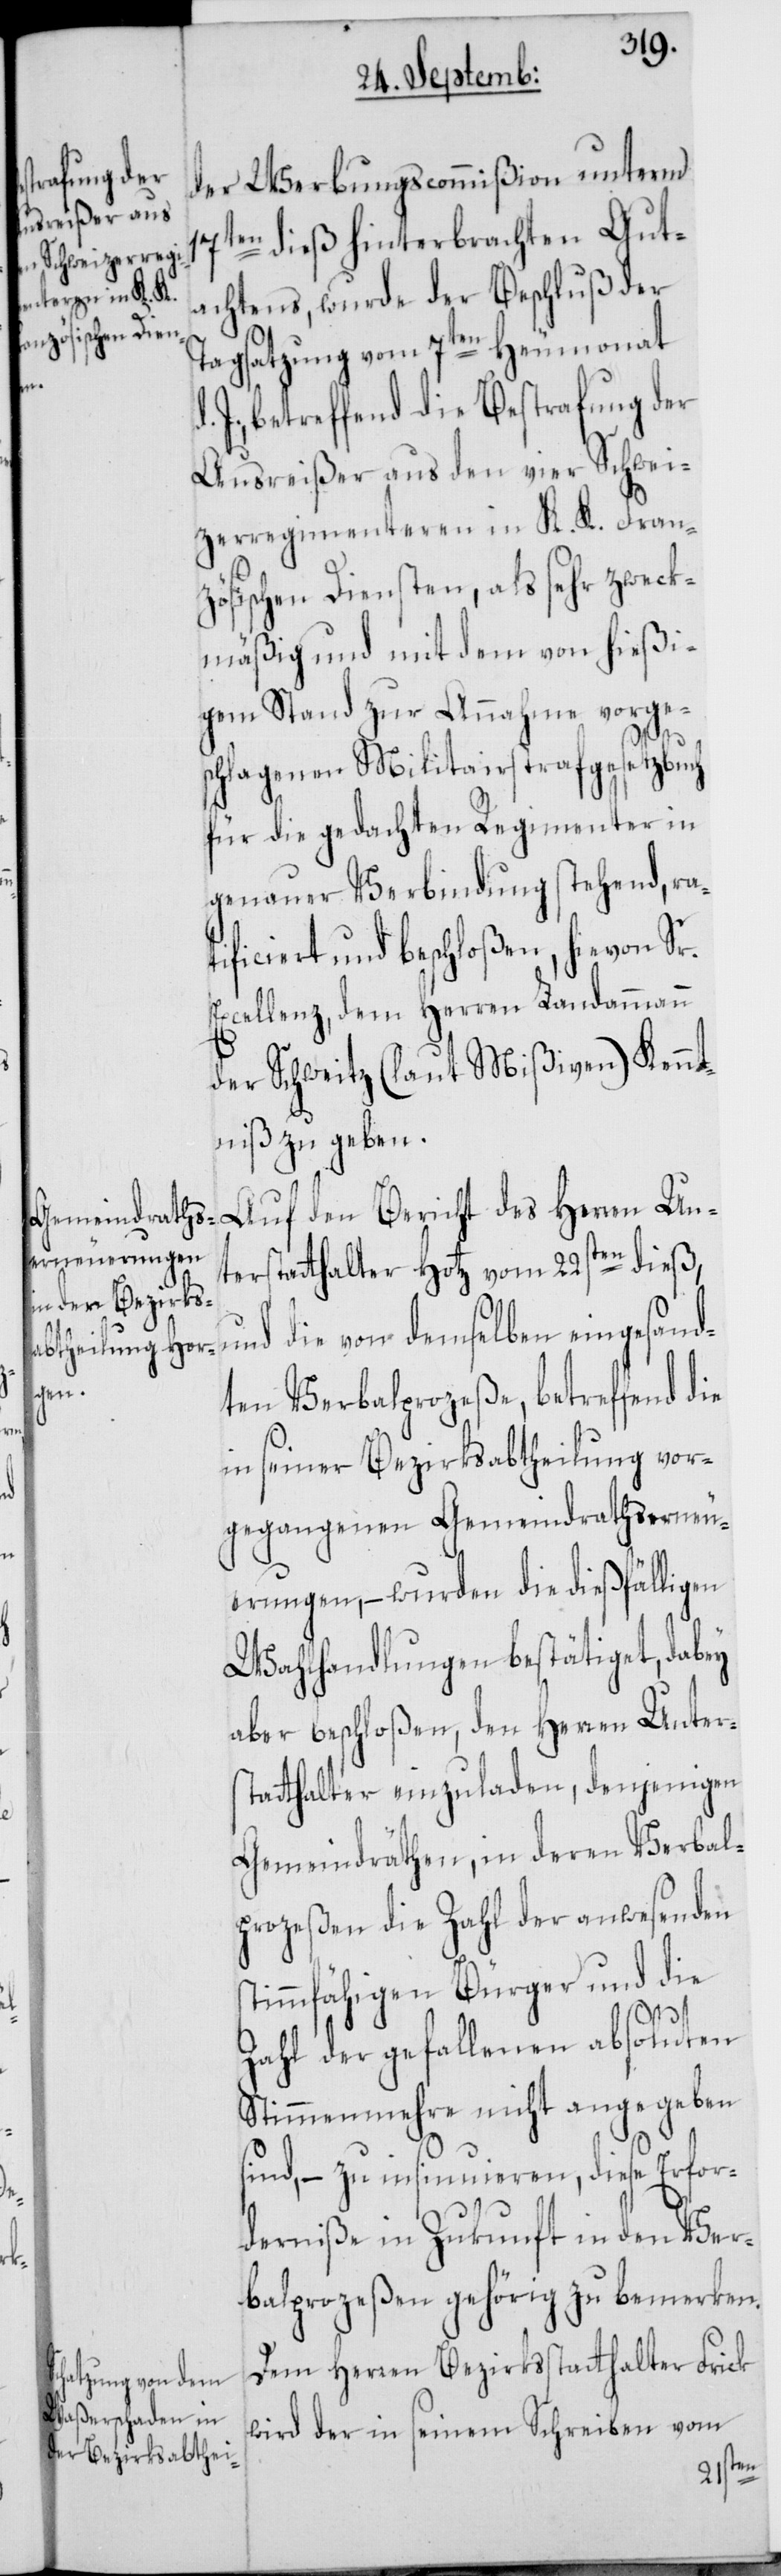
s¬

der Werbungscommißion unterm
17ten dieß hinterbrachten Gut¬
achtens, wurde der Beschluß der
Tagsatzung vom 7ten Heumonat
J., betreffend die Bestrafung der
Ausreißer aus den vier Schwei¬
tzerregimenteren in K. K. Fran¬
zösischen Diensten, als sehr zweck¬
mäßig und mit dem von hießi¬
gem Stand zur Annahme vorge¬
schlagenen Militairstrafgesetzbuch
für die gedachten Regimenter in
genauer Verbindung stehend, ra¬
tificiert und beschloßen, hievon Sr.
Excellenz, dem Herren Landammann
der Schweitz (laut Mißiven) Kennt¬
niß zu geben.
Auf den Bericht des Herren Un¬
terstatthalter Hotz vom 22sten dieß,
und die von demselben eingesand¬
ten Verbalprozeße, betreffend die
in seiner Bezirksabtheilung vor¬
gegangenen Gemeindrathserneu¬
erungen, – wurden die dießfälligen
Wahlhandlungen bestätiget, dabey
aber beschloßen, den Herren Unters¬
tatthalter einzuladen, denjenigen
Gemeindräthen, in deren Verbal¬
prozeßen die Zahl der anwesenden
timmfähigen Bürger und die
Zahl der gefallenen absoluten
Stimmenmehre nicht angegeben
sind, – zu insinuieren, diese Erfor¬
derniße in Zukunft in den Ver¬
balprozeßen gehörig zu bemerken.
Dem Herren Bezirksstatthalter Frick
wird der in seinem Schreiben vom